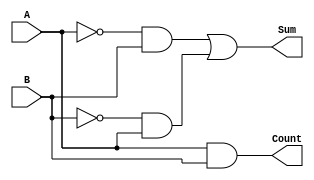
module halfAdder_Structual(
    input A,
    input B,
    output Sum,
    output Count
    );
//    xor(Sum, A, B);
    not(A_not, A),
    (B_not, B);
    and(z1, A_not, B),
    (z2, B_not, A);
    or(Sum, z1, z2);
    and (Count, A, B);
endmodule